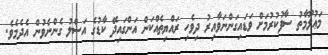
މަޢުލޫމާތު ސާފުކުރުމަށް ވަޑައިގަންނަވާއިރު ދިވެހި ރައްޔިތެއްކަން އަންގައިދޭ ކާޑުގެ އަސްލު ގެންނެވުން އެދެމެވެ.